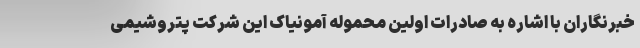
خبرنگاران با اشاره به صادرات اولین محموله آمونیاک این شرکت پتروشیمی